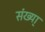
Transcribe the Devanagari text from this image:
संख्या्